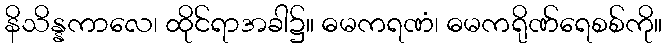
နိသိန္နကာလေ၊ ထိုင်ရာအခါ၌။ ဓမကရဏံ၊ ဓမကရိုဏ်ရေစစ်ကို။